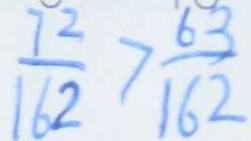
\frac { 7 2 } { 1 6 2 } > \frac { 6 3 } { 1 6 2 }